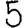
Digit: 5